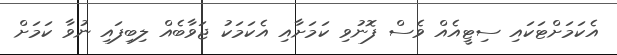
އެކަމަށްޓަކައި ސިޓީއެއް ވެސް ފޮނުވި ކަމަށާއި އެކަމަކު ޖަވާބެއް ލިބިފައި ނުވާ ކަމަށް